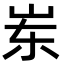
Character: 岽